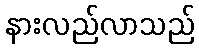
နားလည်လာသည်